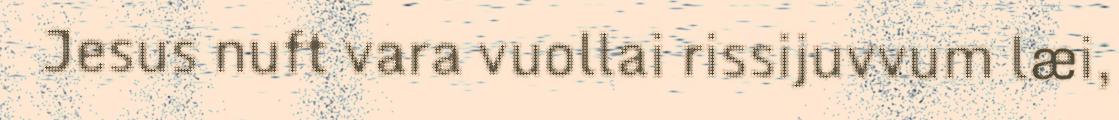
Jesus nuft vara vuollai rissijuvvum læi,